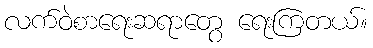
လက်ဝဲစာရေးဆရာတွေ ရေးကြတယ်။